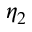
\eta _ { 2 }